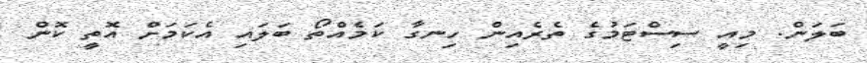
ބަލަން. މިއީ ސިސްޓަމުގެ ތެރެއިން ހިނގާ ކަމެއްތޯ ބަލައި އެކަމަށް އޮތީ ކޮން